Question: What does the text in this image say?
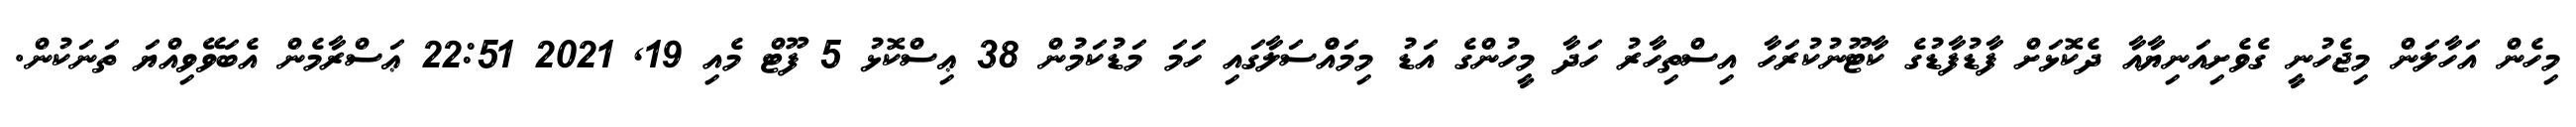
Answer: މިހެން އަހާލަން މިޖެހުނީ ގެވެށިއަނިޔާއާ ދެކޮޅަށް ފާޑުފާޑުގެ ކާޓޫނުކުރަހާ އިސްތިހާރު ހަދާ މީހުންގެ އަޑު މިމައްްސަލާގައި ހަމަ މަޑުކަމުން 38 ޢިސްކޮޅު 5 ފޫޓް މެއި 19, 2021 22:51 ޢަސްރާމެން އެބަވޭވިއްޔަ ތަނަކުން.